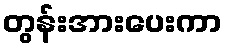
တွန်းအားပေးကာ